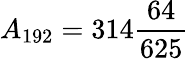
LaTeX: {}A_{192}=314{\frac{64}{625}}